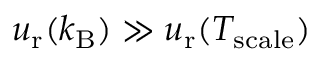
u _ { \mathrm { r } } ( k _ { \mathrm { B } } ) \gg u _ { \mathrm { r } } ( T _ { \mathrm { s c a l e } } )